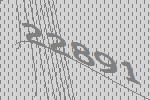
22891